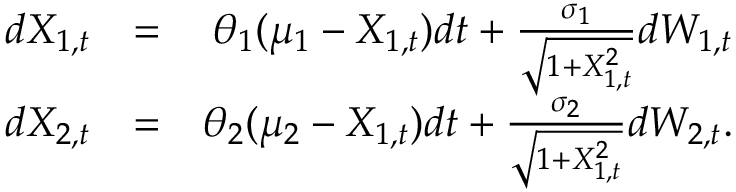
\begin{array} { r l r } { d X _ { 1 , t } } & { = } & { \theta _ { 1 } ( \mu _ { 1 } - X _ { 1 , t } ) d t + \frac { \sigma _ { 1 } } { \sqrt { 1 + X _ { 1 , t } ^ { 2 } } } d W _ { 1 , t } } \\ { d X _ { 2 , t } } & { = } & { \theta _ { 2 } ( \mu _ { 2 } - X _ { 1 , t } ) d t + \frac { \sigma _ { 2 } } { \sqrt { 1 + X _ { 1 , t } ^ { 2 } } } d W _ { 2 , t } . } \end{array}